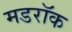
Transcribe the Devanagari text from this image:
मडरॉक